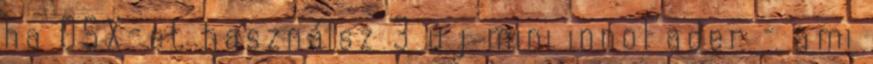
ha OSX-et használsz 3 új mini innoFader – ami